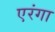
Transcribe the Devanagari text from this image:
एरंगा